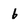
Character: 6